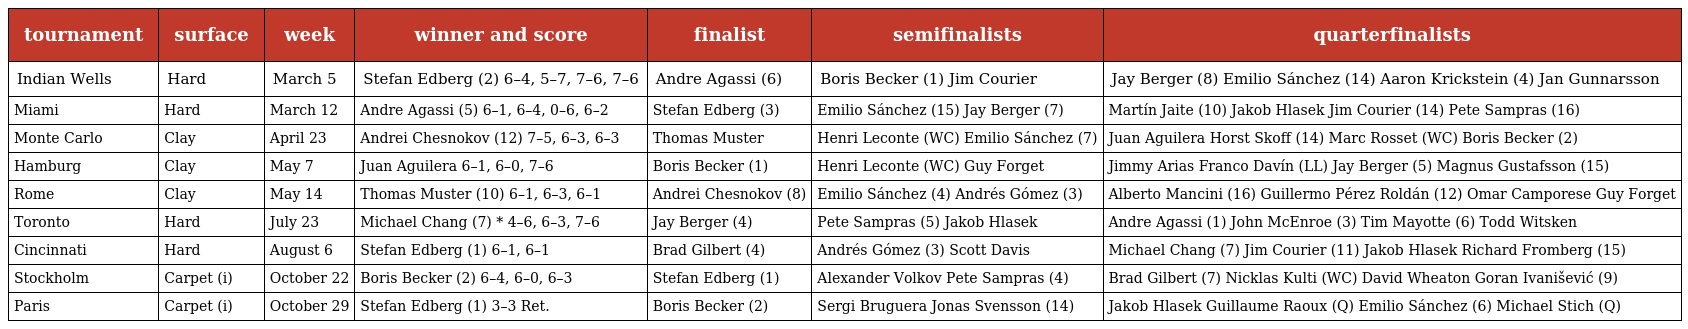
| tournament | surface | week | winner and score | finalist | semifinalists | quarterfinalists |
 | --- | --- | --- | --- | --- | --- | --- |
 | Indian Wells | Hard | March 5 | Stefan Edberg (2) 6–4, 5–7, 7–6, 7–6 | Andre Agassi (6) | Boris Becker (1) Jim Courier | Jay Berger (8) Emilio Sánchez (14) Aaron Krickstein (4) Jan Gunnarsson |
 | Miami | Hard | March 12 | Andre Agassi (5) 6–1, 6–4, 0–6, 6–2 | Stefan Edberg (3) | Emilio Sánchez (15) Jay Berger (7) | Martín Jaite (10) Jakob Hlasek Jim Courier (14) Pete Sampras (16) |
 | Monte Carlo | Clay | April 23 | Andrei Chesnokov (12) 7–5, 6–3, 6–3 | Thomas Muster | Henri Leconte (WC) Emilio Sánchez (7) | Juan Aguilera Horst Skoff (14) Marc Rosset (WC) Boris Becker (2) |
 | Hamburg | Clay | May 7 | Juan Aguilera 6–1, 6–0, 7–6 | Boris Becker (1) | Henri Leconte (WC) Guy Forget | Jimmy Arias Franco Davín (LL) Jay Berger (5) Magnus Gustafsson (15) |
 | Rome | Clay | May 14 | Thomas Muster (10) 6–1, 6–3, 6–1 | Andrei Chesnokov (8) | Emilio Sánchez (4) Andrés Gómez (3) | Alberto Mancini (16) Guillermo Pérez Roldán (12) Omar Camporese Guy Forget |
 | Toronto | Hard | July 23 | Michael Chang (7) * 4–6, 6–3, 7–6 | Jay Berger (4) | Pete Sampras (5) Jakob Hlasek | Andre Agassi (1) John McEnroe (3) Tim Mayotte (6) Todd Witsken |
 | Cincinnati | Hard | August 6 | Stefan Edberg (1) 6–1, 6–1 | Brad Gilbert (4) | Andrés Gómez (3) Scott Davis | Michael Chang (7) Jim Courier (11) Jakob Hlasek Richard Fromberg (15) |
 | Stockholm | Carpet (i) | October 22 | Boris Becker (2) 6–4, 6–0, 6–3 | Stefan Edberg (1) | Alexander Volkov Pete Sampras (4) | Brad Gilbert (7) Nicklas Kulti (WC) David Wheaton Goran Ivanišević (9) |
 | Paris | Carpet (i) | October 29 | Stefan Edberg (1) 3–3 Ret. | Boris Becker (2) | Sergi Bruguera Jonas Svensson (14) | Jakob Hlasek Guillaume Raoux (Q) Emilio Sánchez (6) Michael Stich (Q) |